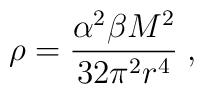
\rho=\frac{\alpha^2\beta M^2}{32\pi^2 r^4}\; ,